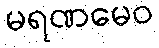
မရဏမေဝ